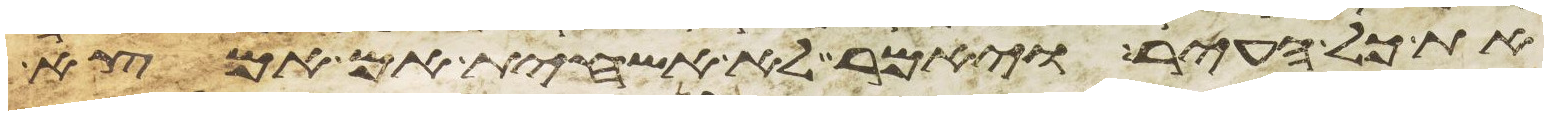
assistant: את כל העיר ויאמר לא אשחית אם אמצא